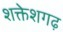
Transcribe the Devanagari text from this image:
शक्तेशगढ़